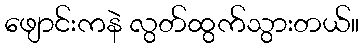
ဖျောင်းကနဲ လွတ်ထွက်သွားတယ်။